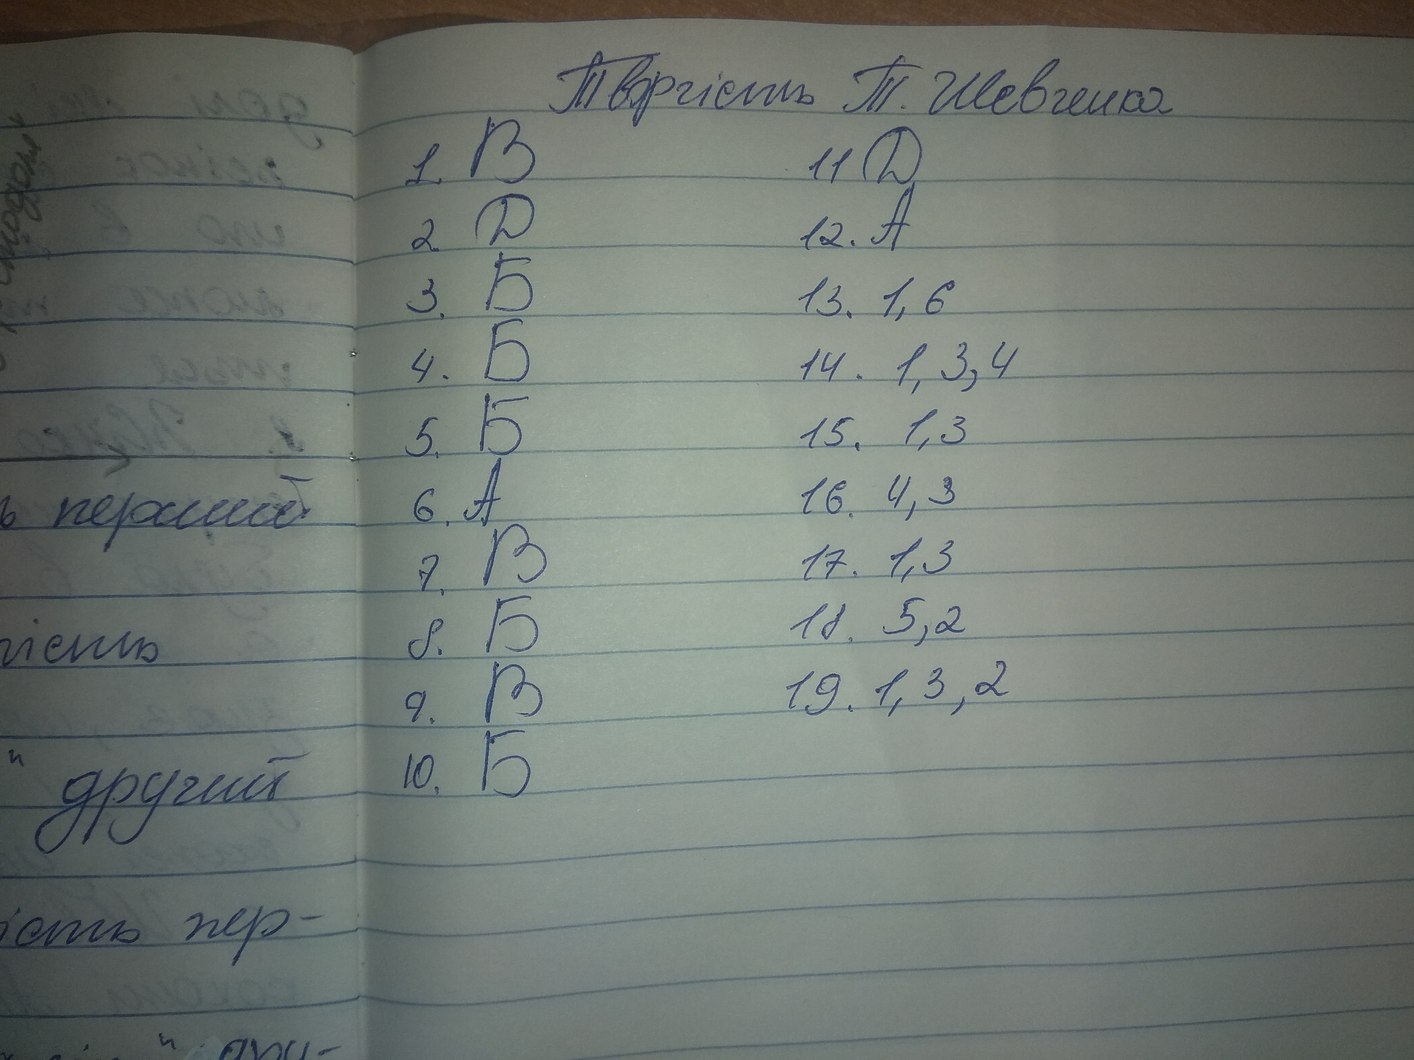
Творчість Т. Шевченка
1. B
11. Д
2. Д
12. А
3. Б
13. 1, 6
4. Б
14. 1, 3, 4
5. Б
15. 1, 3
6. А
16. 4, 3
7. В
17. 1, 3
8. Б
18. 5, 2
9. В
19. 1, 3, 2
10. Б